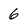
Character: 6